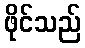
ဖိုင်သည်